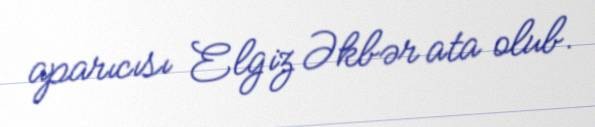
aparıcısı Elgiz Əkbər ata olub.